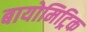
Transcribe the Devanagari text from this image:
बायोमिट्रिक